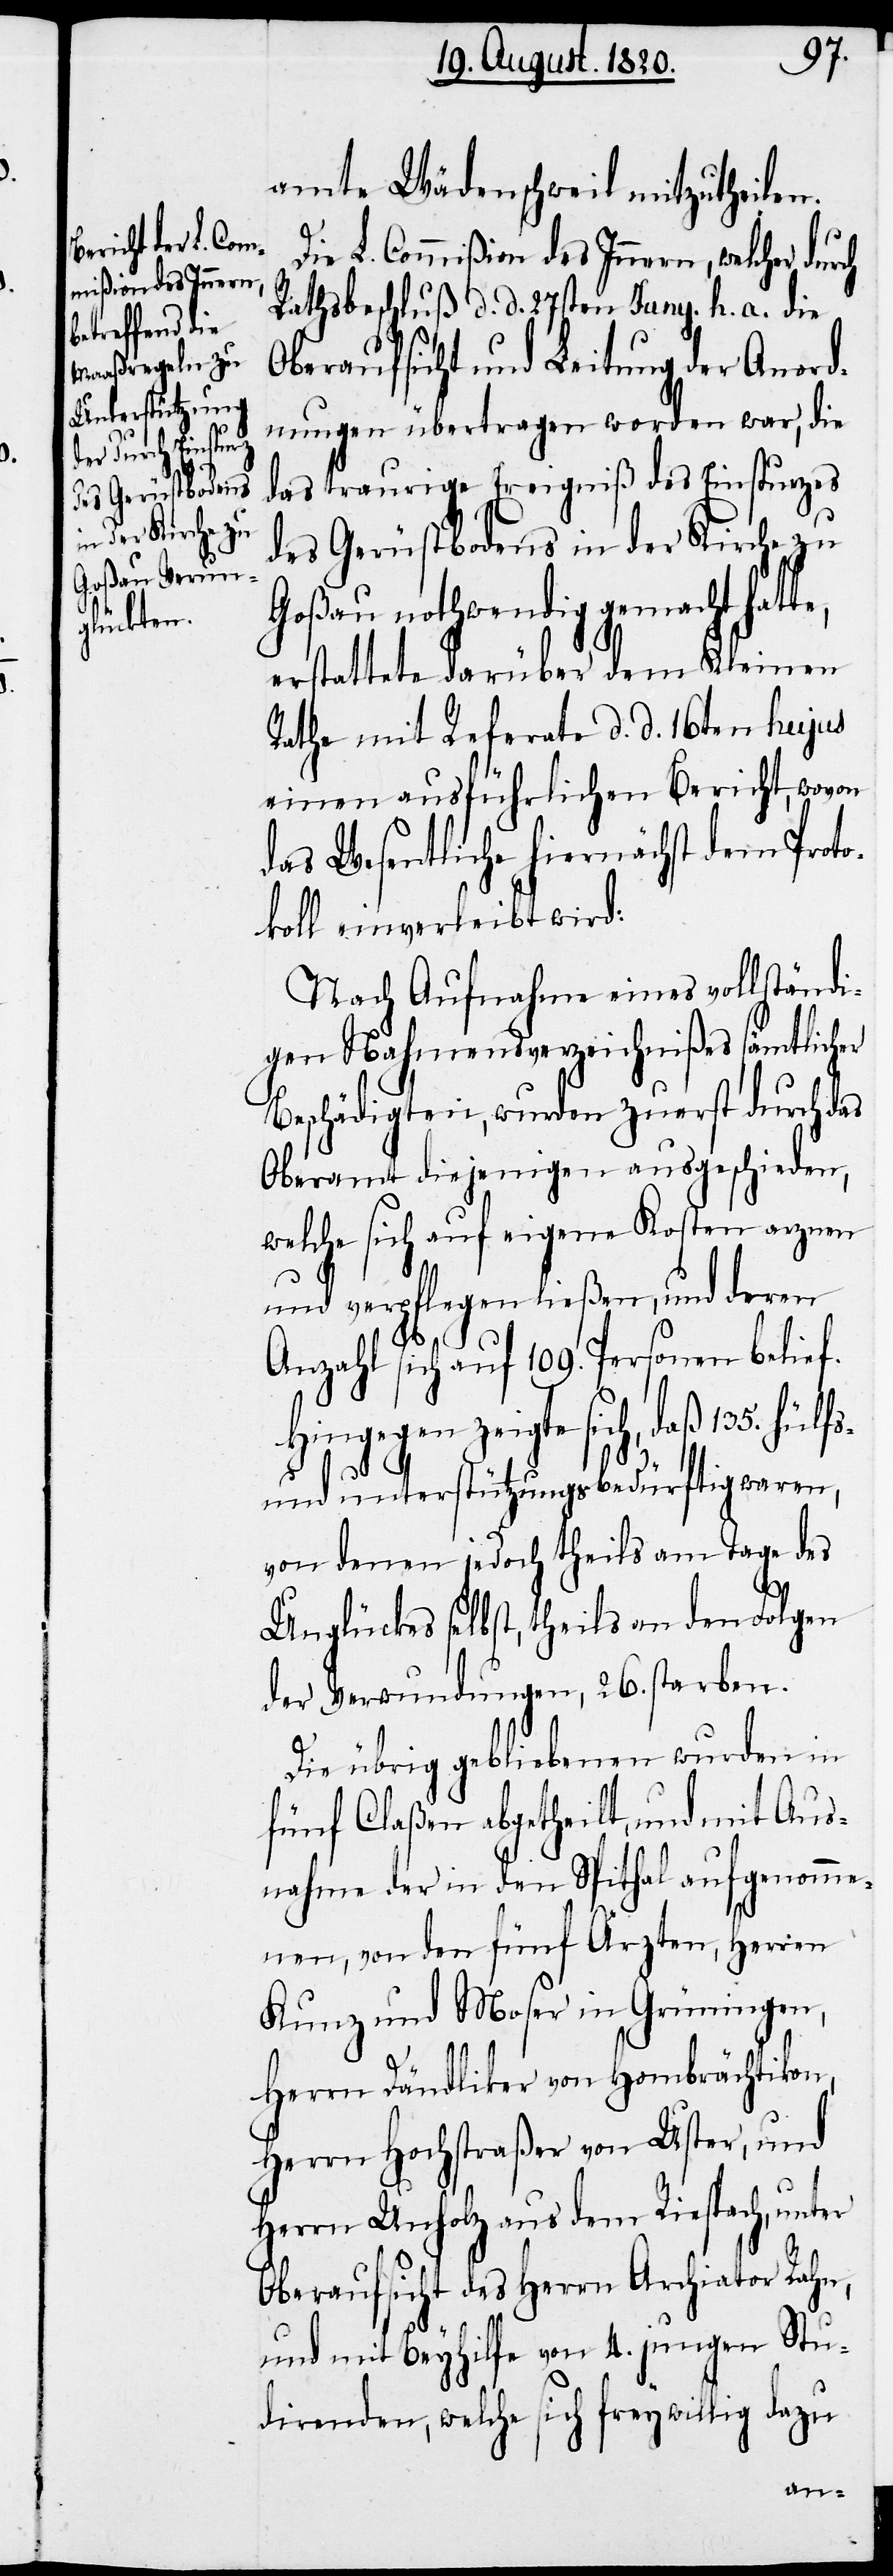
amte Wädenschweil mitzutheilen.
Die L. Commißion des Innern, welcher du¬
Rathsbeschluß d. d. 27sten Juny. h. a. die
Oberaufsicht und Leitung der Anord¬
nungen übertragen worden war, die
das traurige Ereigniß des Einsturzes
des Gerüstbodens in der Kirche zu
Goßau nothwendig gemacht hat¬
erstattete darüber dem Kleinen
Rathe mit Referate d. d. 16ten hujus
einen ausführlichen Bericht, wovon
das Wesentliche hiernächst dem Proto¬
koll einverleibt wird:
Nach Aufnahme eines vollständi¬
gen Nahmensverzeichnißes sämtlicher
Beschädigten, wurden zuerst durch das
Oberamt diejenigen ausgeschieden,
welche sich auf eigene Kosten arznen
und verpflegen ließen, und deren
Anzahl sich auf 109. Personen belief.
Hingegen zeigte sich, daß 135 hülfs-
und unterstützungsbedürftig waren,
von denen jedoch theils am Tage des
on,
Unglückes selbst, theils an den Folgen
der Verwundungen starben.
Die übrig gebliebenen wurden in
fünf Claßen abgetheilt, und mit Aus¬
nahme der in den Spithal aufgenomme¬
nen, von den fünf Ärzten, Herren
Kunz und Moser in Grüningen,
Herrn Dändliker von Hombrächtiki¬
Herrn Hochstraßer von Uster, und
Herrn Unholz aus dem Riespach, unter
Oberaufsicht des Herrn Archiator Rahn,
und mit Beyhilfe von 4. jungen Stu¬
direnden, welche sich freywillig dazu